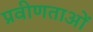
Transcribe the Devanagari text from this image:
प्रवीणताओं